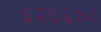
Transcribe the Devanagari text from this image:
६२६६४८